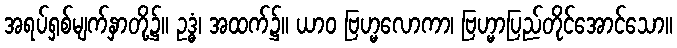
အရပ်ရှစ်မျက်နှာတို့၌။ ဥဒ္ဓံ၊ အထက်၌။ ယာဝ ဗြဟ္မလောကာ၊ ဗြဟ္မာပြည်တိုင်အောင်သော။